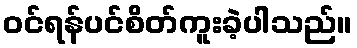
ဝင်ရန်ပင်စိတ်ကူးခဲ့ပါသည်။